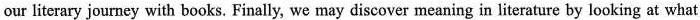
our literary journey with books. Finally, we may discover meaning in literature by looking at what